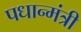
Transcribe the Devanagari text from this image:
पधान्मंत्री